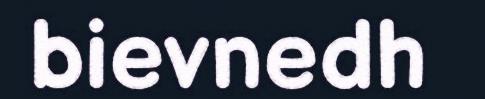
bievnedh